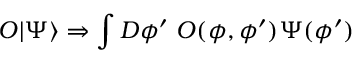
O | \Psi \rangle \Rightarrow \int D \phi ^ { \prime } ~ O ( \phi , \phi ^ { \prime } ) \Psi ( \phi ^ { \prime } )